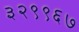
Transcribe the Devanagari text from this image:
३२९९६७